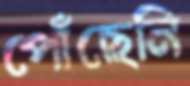
পোঁছেনি